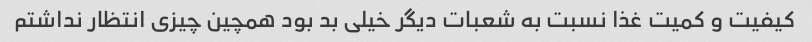
کیفیت و کمیت غذا نسبت به شعبات دیگر خیلی بد بود همچین چیزی انتظار نداشتم